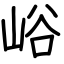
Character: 峪